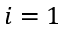
i = 1